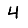
Digit: 4